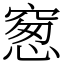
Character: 䆫